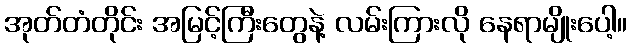
အုတ်တံတိုင်း အမြင့်ကြီးတွေနဲ့ လမ်းကြားလို နေရာမျိုးပေါ့။